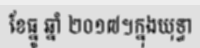
ខែធ្នូ ឆ្នាំ ២០១៧។ក្នុងយុទ្ធា